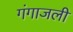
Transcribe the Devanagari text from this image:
गंगाजली